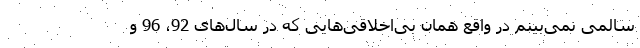
سالمی نمی‌بینم در واقع همان بی‌اخلاقی‌هایی که در سال‌های 92، 96 و